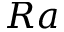
R a